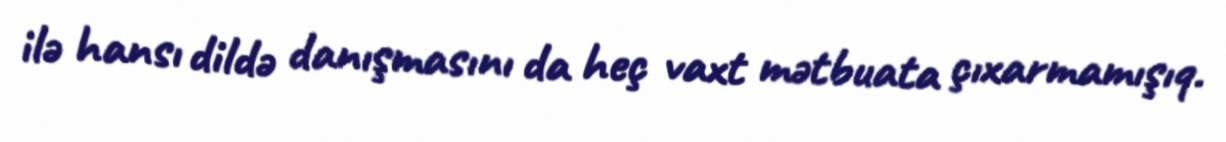
ilə hansı dildə danışmasını da heç vaxt mətbuata çıxarmamışıq.